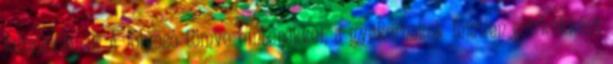
feltalálójának A folyosó tömve emberekkel, a gyakornokok fejetlen csirkékként